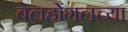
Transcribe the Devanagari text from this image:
बेलहोंगलच्या